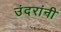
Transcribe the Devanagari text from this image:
उंदरांनी